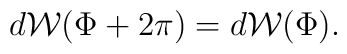
d {\cal W} (\Phi+2 \pi) = d {\cal W} (\Phi).